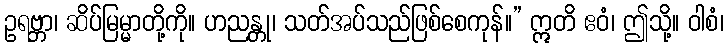
ဥရဗ္ဘာ၊ ဆိပ်မြမ္မာတို့ကို။ ဟညန္တု၊ သတ်အပ်သည်ဖြစ်စေကုန်။” ဣတိ ဧဝံ၊ ဤသို့။ ဝါစံ၊